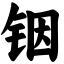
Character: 铟